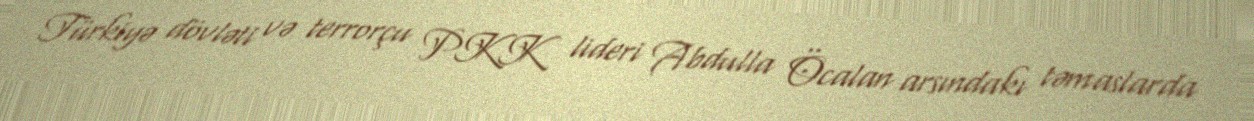
Türkiyə dövləti və terrorçu PKK lideri Abdulla Öcalan arsındakı təmaslarda